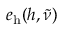
e _ { \mathrm { h } } ( h , \tilde { \nu } )